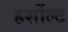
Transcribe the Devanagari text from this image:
हर्शोल्ट